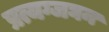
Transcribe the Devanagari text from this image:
प्रत्यग्जघन